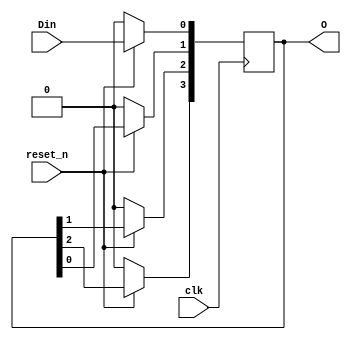
module Fourbit_SISO(O,Din,reset_n,clk);
  output [3:0] O;
  input Din,reset_n,clk;
  reg [3:0] O=0;
  wire Din,reset_n,clk;
  
  always @(posedge clk)
  begin
    if(!reset_n)
      O = 4'b0000;
    else
      begin
        O[3] <= O[2];
        O[2] <= O[1];
        O[1] <= O[0];
        O[0] <= Din;
      end
  end
endmodule